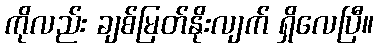
ကိုလည်း ချစ်မြတ်နိုးလျက် ရှိလေပြီ။